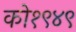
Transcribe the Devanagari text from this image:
को१९४९